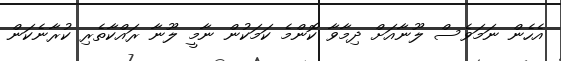
އެހެން ނަމަވެސް ލޫނާއަށް ދިމާވާ ކޮންމެ ކަމަކުން ނާމީ ލޫނާ ރައްކާތެރި ކުރާނެކަން